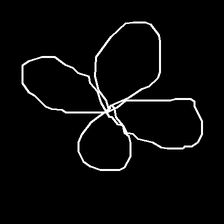
Glyph: billowing